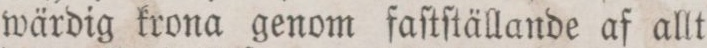
wärdig krona genom faſtſtällande af allt